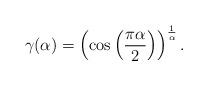
LaTeX: \begin{align*}\gamma(\alpha)=\left(\cos\left(\frac{\pi\alpha}{2}\right)\right)^{\frac{1}{\alpha}}.\end{align*}